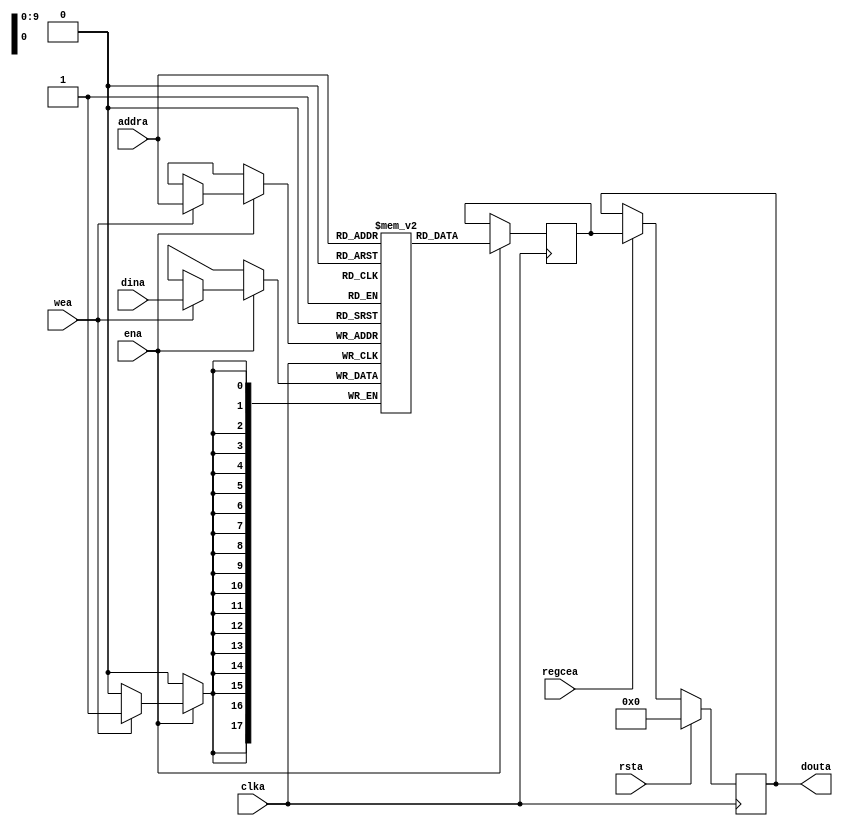
//  Xilinx Single Port Read First RAM
//  This code implements a parameterizable single-port read-first memory where when data
//  is written to the memory, the output reflects the prior contents of the memory location.
//  If the output data is not needed during writes or the last read value is desired to be
//  retained, it is suggested to set WRITE_MODE to NO_CHANGE as it is more power efficient.
//  If a reset or enable is not necessary, it may be tied off or removed from the code.
//  Modify the parameters for the desired RAM characteristics.

module single_port_ram_read_first #(
  parameter RAM_WIDTH = 18,                       // Specify RAM data width
  parameter RAM_DEPTH = 1024,                     // Specify RAM depth (number of entries)
  parameter RAM_PERFORMANCE = "HIGH_PERFORMANCE", // Select "HIGH_PERFORMANCE" or "LOW_LATENCY" 
  parameter INIT_FILE = ""                        // Specify name/location of RAM initialization file if using one (leave blank if not)
) (
  input [$clog2(RAM_DEPTH)-1:0] addra,  // Address bus, width determined from RAM_DEPTH
  input [RAM_WIDTH-1:0] dina,           // RAM input data
  input clka,                           // Clock
  input wea,                            // Write enable
  input ena,                            // RAM Enable, for additional power savings, disable port when not in use
  input rsta,                           // Output reset (does not affect memory contents)
  input regcea,                         // Output register enable
  output [RAM_WIDTH-1:0] douta          // RAM output data
);

  reg [RAM_WIDTH-1:0] BRAM [RAM_DEPTH-1:0];
  reg [RAM_WIDTH-1:0] ram_data = {RAM_WIDTH{1'b0}};

  // The following code either initializes the memory values to a specified file or to all zeros to match hardware
  generate
    if (INIT_FILE != "") begin: use_init_file
      initial
        $readmemh(INIT_FILE, BRAM, 0, RAM_DEPTH-1);
    end else begin: init_bram_to_zero
      integer ram_index;
      localparam RAM_ADDR = $clog2(RAM_DEPTH);
      initial
      for (ram_index = 0; ram_index < $pow(2,RAM_ADDR); ram_index = ram_index + 1)
            BRAM[ram_index] = 0;
    end
  endgenerate

  always @(posedge clka)
    if (ena) begin
      if (wea)
        BRAM[addra] <= dina;
      ram_data <= BRAM[addra];
    end

  //  The following code generates HIGH_PERFORMANCE (use output register) or LOW_LATENCY (no output register)
  generate
    if (RAM_PERFORMANCE == "LOW_LATENCY") begin: no_output_register

      // The following is a 1 clock cycle read latency at the cost of a longer clock-to-out timing
       assign douta = ram_data;

    end else begin: output_register

      // The following is a 2 clock cycle read latency with improve clock-to-out timing

      reg [RAM_WIDTH-1:0] douta_reg = {RAM_WIDTH{1'b0}};

      always @(posedge clka)
        if (rsta)
          douta_reg <= {RAM_WIDTH{1'b0}};
        else if (regcea)
          douta_reg <= ram_data;

      assign douta = douta_reg;

    end
  endgenerate

  //  The following function calculates the address width based on specified RAM depth
  function integer clogb2;
    input integer depth;
      for (clogb2=0; depth>0; clogb2=clogb2+1)
        depth = depth >> 1;
  endfunction

endmodule